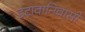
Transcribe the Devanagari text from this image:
इटावानिवासी